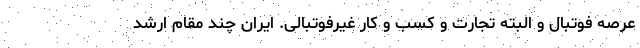
عرصه فوتبال و البته تجارت و کسب و کار غیرفوتبالی. ایران چند مقام ارشد